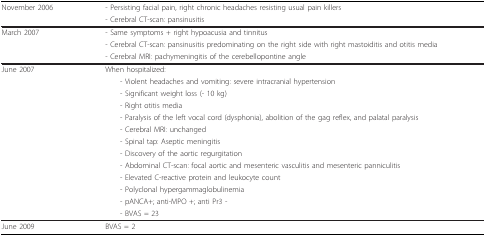
<table><thead><tr><td><b>November 2006</b></td><td><b>- Persisting facial pain, right chronic headaches resisting usual pain killers</b></td></tr><tr><td></td><td><b>- Cerebral CT-scan: pansinusitis</b></td></tr></thead><tbody><tr><td>March 2007</td><td>- Same symptoms + right hypoacusia and tinnitus</td></tr><tr><td></td><td>- Cerebral CT-scan: pansinusitis predominating on the right side with right mastoiditis and otitis media</td></tr><tr><td></td><td>- Cerebral MRI: pachymeningitis of the cerebellopontine angle</td></tr><tr><td>June 2007</td><td>When hospitalized:</td></tr><tr><td></td><td> - Violent headaches and vomiting: severe intracranial hypertension</td></tr><tr><td></td><td> - Significant weight loss (- 10 kg)</td></tr><tr><td></td><td> - Right otitis media</td></tr><tr><td></td><td> - Paralysis of the left vocal cord (dysphonia), abolition of the gag reflex, and palatal paralysis</td></tr><tr><td></td><td> - Cerebral MRI: unchanged</td></tr><tr><td></td><td> - Spinal tap: Aseptic meningitis</td></tr><tr><td></td><td> - Discovery of the aortic regurgitation</td></tr><tr><td></td><td> - Abdominal CT-scan: focal aortic and mesenteric vasculitis and mesenteric panniculitis</td></tr><tr><td></td><td> - Elevated C-reactive protein and leukocyte count</td></tr><tr><td></td><td> - Polyclonal hypergammaglobulinemia</td></tr><tr><td></td><td> - pANCA+; anti-MPO +; anti Pr3 -</td></tr><tr><td></td><td> - BVAS = 23</td></tr><tr><td>June 2009</td><td>BVAS = 2</td></tr></tbody></table>